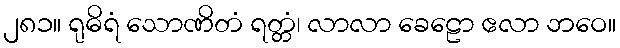
၂၈၁။ ရုဓိရံ သောဏိတံ ရတ္တံ၊ လာလာ ခေဠော ဧလာ ဘဝေ။